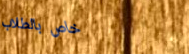
خاص بالطلاب